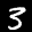
Label: 3